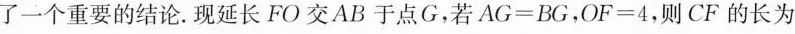
了一个重要的结论。现延长FO交AB于点G，若AG=BG，OF=4，则CF的长为